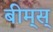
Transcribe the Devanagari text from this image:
बीम्‌स्‌